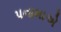
પનામાએ